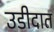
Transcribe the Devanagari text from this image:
उडीदात